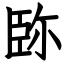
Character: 䑐